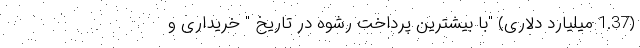
(1.37 میلیارد دلاری) "با بیشترین پرداخت رشوه در تاریخ " خریداری و